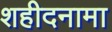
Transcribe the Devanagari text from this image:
शहीदनामा